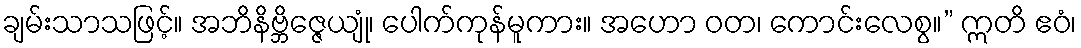
ချမ်းသာသဖြင့်။ အဘိနိဗ္ဘိဇ္ဇေယျုံ၊ ပေါက်ကုန်မူကား။ အဟော ဝတ၊ ကောင်းလေစွ။” ဣတိ ဧဝံ၊